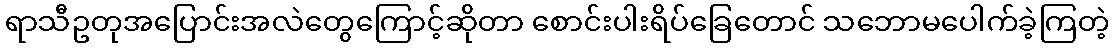
ရာသီဥတုအပြောင်းအလဲတွေကြောင့်ဆိုတာ စောင်းပါးရိပ်ခြေတောင် သဘောမပေါက်ခဲ့ကြတဲ့